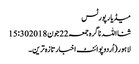
میڈیا رپورٹس
ثنااللہ ناگرہ جمعہ 22 جون 2018 15:30
لاہور(اُردوپوائنٹ اخبارتازہ ترین۔